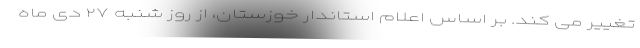
تغییر می کند. بر اساس اعلام استاندار خوزستان، از روز شنبه ٢٧ دی ماه